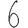
Digit: 6